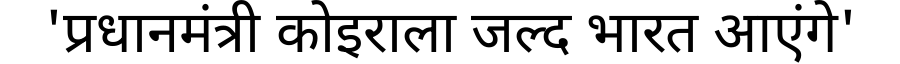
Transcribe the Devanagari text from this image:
'प्रधानमंत्री कोइराला जल्द भारत आएंगे'